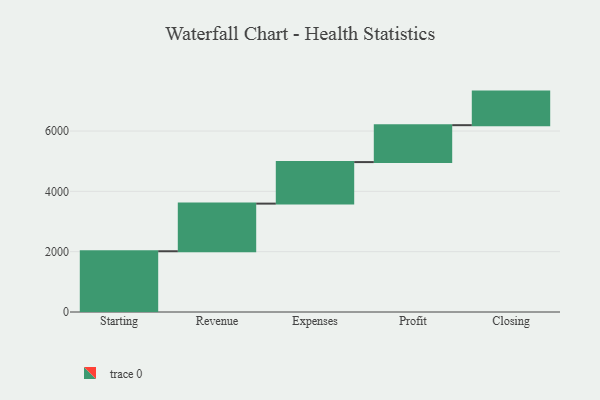
{"axis": {"x": "Step", "y": "Value"}, "legend": [""], "data": [{"x": "Starting", "y": 2014.0, "type": ""}, {"x": "Revenue", "y": 1579.0, "type": ""}, {"x": "Expenses", "y": 1377.0, "type": ""}, {"x": "Profit", "y": 1224.0, "type": ""}, {"x": "Closing", "y": 1113.0, "type": ""}]}